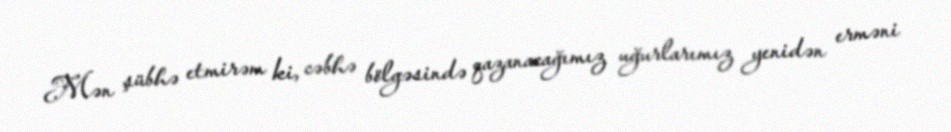
Mən şübhə etmirəm ki, cəbhə bölgəsində qazanacağımız uğurlarımız yenidən erməni